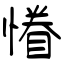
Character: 慻